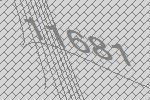
11681